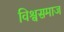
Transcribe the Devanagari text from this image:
विश्वसमाज